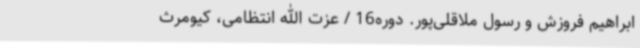
ابراهیم فروزش و رسول ملاقلی‌پور. دوره16 / عزت الله انتظامی، کیومرث